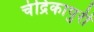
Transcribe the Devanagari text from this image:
चंद्रिकापुरी